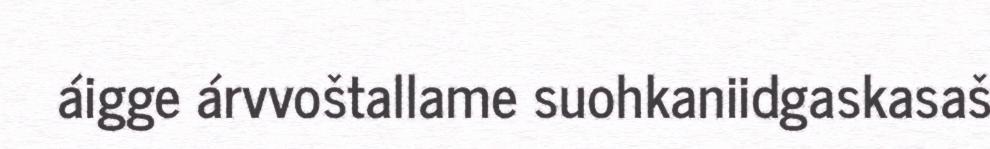
áigge árvvoštallame suohkaniidgaskasaš